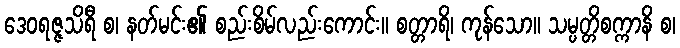
ဒေဝရဇ္ဇသိရီ စ၊ နတ်မင်း၏ စည်းစိမ်လည်းကောင်း။ စတ္တာရိ၊ ကုန်သော။ သမ္ပတ္တိစက္ကာနိ စ၊